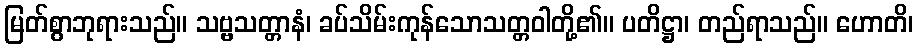
မြတ်စွာဘုရားသည်။ သဗ္ဗသတ္တာနံ၊ ခပ်သိမ်းကုန်သောသတ္တဝါတို့၏။ ပတိဋ္ဌာ၊ တည်ရာသည်။ ဟောတိ၊